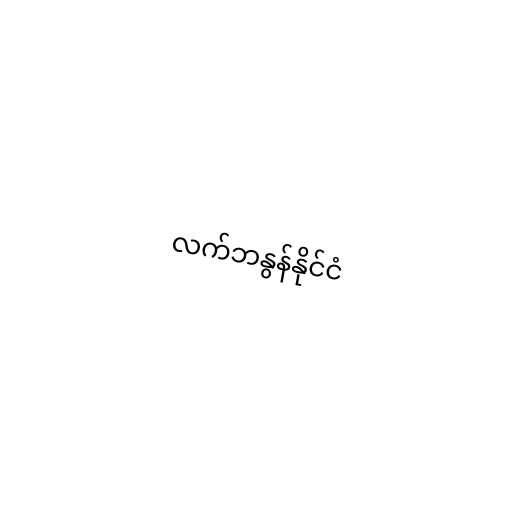
လက်ဘနွန်နိုင်ငံ